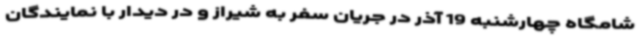
شامگاه چهارشنبه 19 آذر در جریان سفر به شیراز و در دیدار با نمایندگان